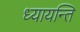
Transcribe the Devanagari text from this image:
ध्यायन्ति